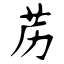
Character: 苈